koduurija_Pavel_Tisler, lk 7
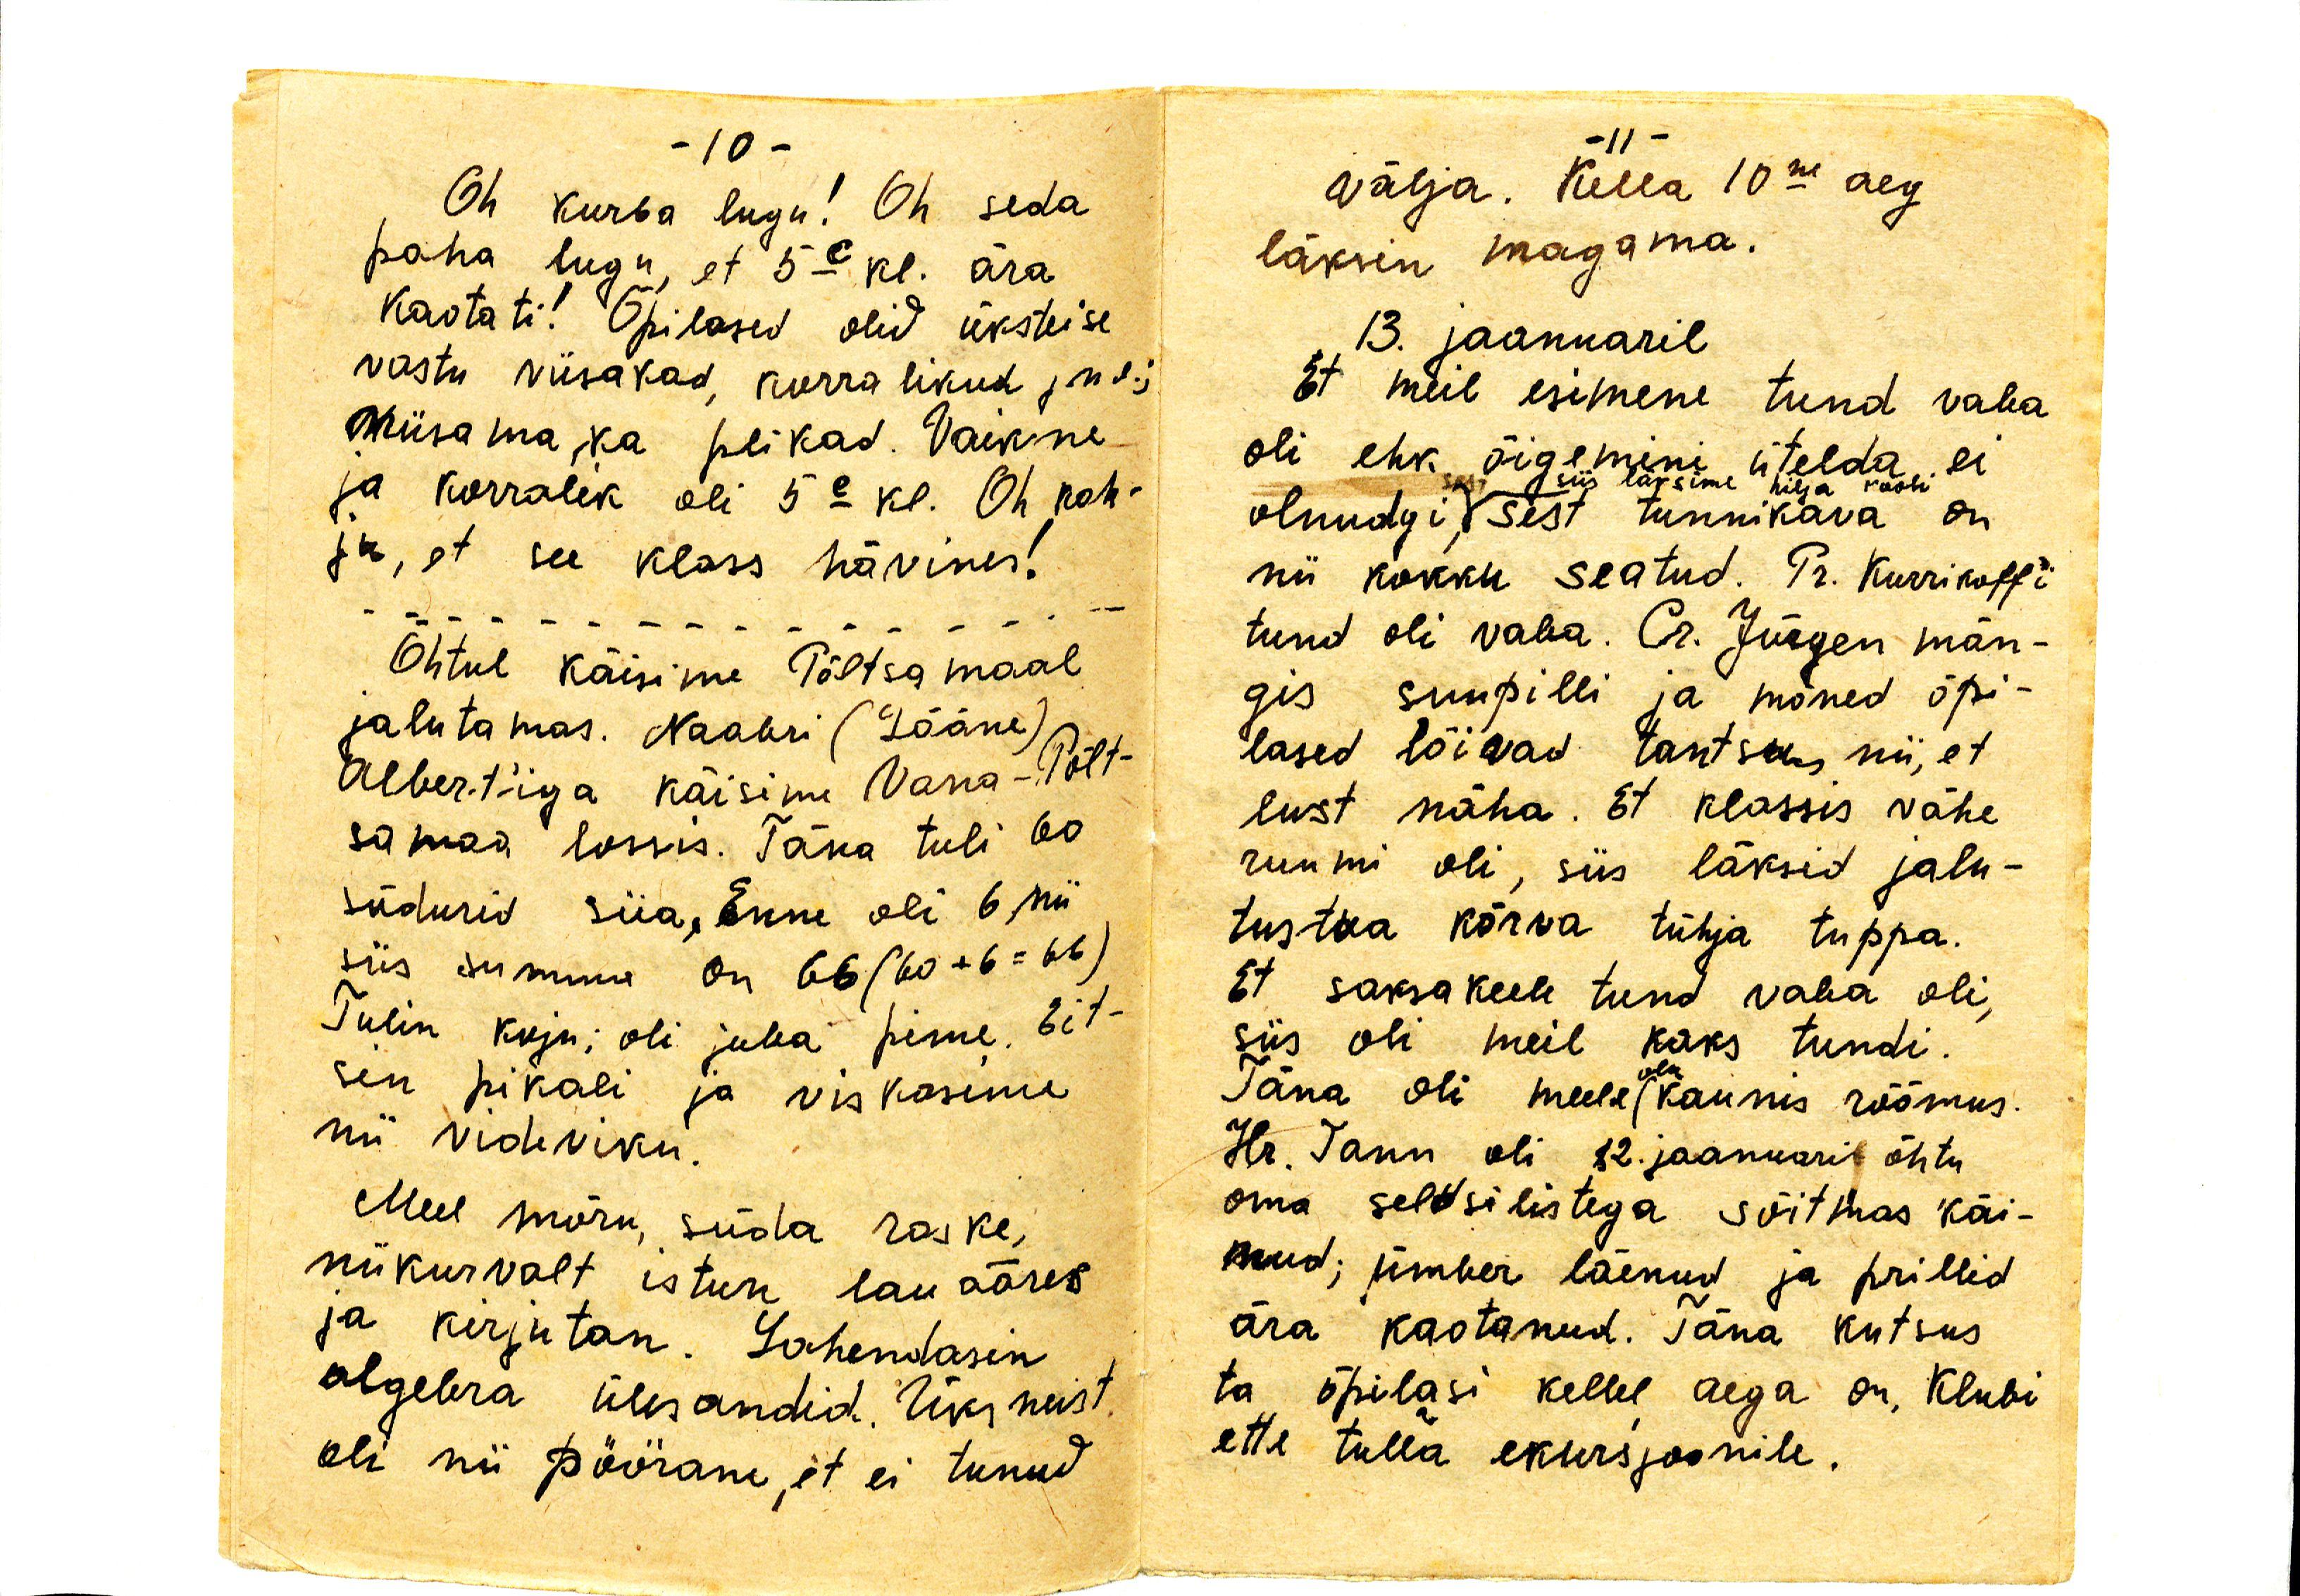
Oh kurba lugu! Oh seda
paha lugu, et 5c kl. ära
kaotati! Õpilased olid üksteise
vastu viisakad, korralikud j.n.e.;
Niisama ka plikad. Vaikne
ja korralik oli 5c kl. Oh kah-
ju, et see klass hävines!
Õhtul käisime Põltsamaal
jalutamas. Naabri (Lääne)
Albert'iga käisime Vana-Põlt-
samaa lossis. Täna tuli 60
sõdurid siia. Enne oli 6 nii
siis summa on 66 (60+6=66)
Tulin koju; oli juba pime. Eit-
sin pikali ja viskasime
nii videviku.
Meel mõru, süda raske,
nii kurvalt istun lauaäres
ja kirjutan. Lahendasin
algebra ülesandid. Üks neist
oli nii pöörane, et ei tulnud

välja. Kella 10ne aeg
läksin magama.
13. jaanuaril
Et meil esimene tund vaba
oli ehk õigemini ütelda ei
olnudgi, sest siis läksime hilja kooli, sest tunnikava on
nii kokku seatud. Pr. Kurrikoff'i
tund oli vaba. Cr. Jürgen män-
gis suupilli ja mõned õpi-
lased lõivad tantsu, nii, et
lust näha. Et klassis vähe
ruumi oli, siis läksid jalu-
tus tua kõrva tühja tuppa.
Et saksa keele tund vaba oli,
siis oli meil kaks tundi.
Täna oli meeleolu kaunis rõõmus.
Hr. Tann oli 12. jaanuari õhtu
oma seltsilistega sõitmas käi-
nud; ümber läenud ja prillid
ära kaotanud. Täna kutsus
ta õpilasi kellel aega on, Klubi
ette tulla ekskursjonile.